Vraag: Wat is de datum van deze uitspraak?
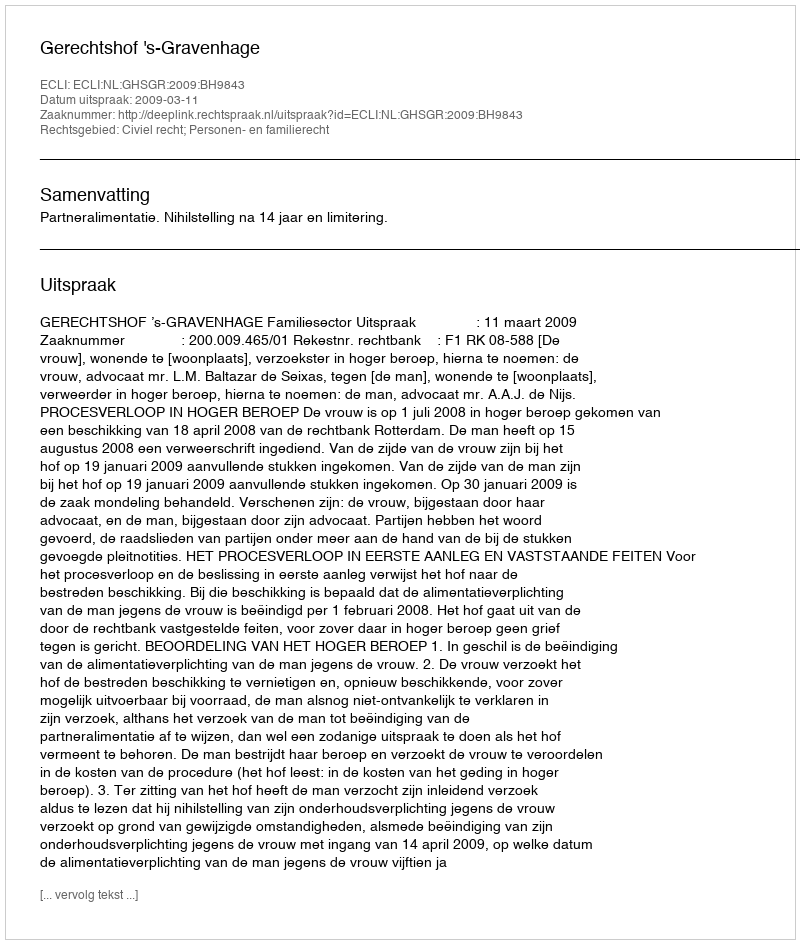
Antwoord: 2009-03-11